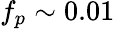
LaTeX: f_{p}\sim 0.01